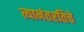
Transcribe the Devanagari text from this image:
त्यानंतरतिचे